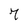
Character: 7